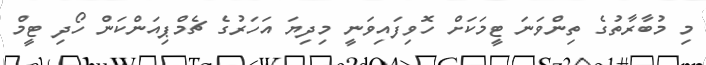
މި މުބާރާތުގެ ތިންވަނަ ޓީމަކަށް ހޮވިފައިވަނީ މިދިޔަ އަހަރުގެ ޗެމްޕިއަންކަން ހޯދި ޓީމް